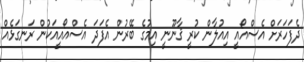
ދެފަހަރަށް އެސްއޯއީ އިއުލާން ކުރީ ޤާނޫނީ އިމުގެ ބޭރުން އެފަދަ އެސްއޯއީއަކުން ރަނގަޅެއް